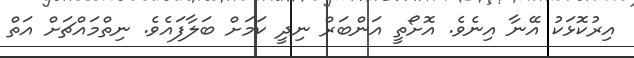
އިރުކޮޅަކު އޭނާ އިނެވެ. އޮށޯތީ އަންބަރް ނިދީ ކަމަށް ބަލާފައެވެ. ނިތްމައްޗަށް އަތް